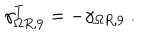
LaTeX: \gamma _ { \Omega R , 9 } ^ { T } = - \gamma _ { \Omega R , 9 } ~ .